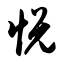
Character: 悦